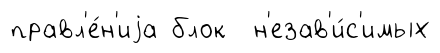
правл'е́н'иjа блок н'езав'и́с'имых